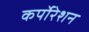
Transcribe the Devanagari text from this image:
कर्पोरेशन